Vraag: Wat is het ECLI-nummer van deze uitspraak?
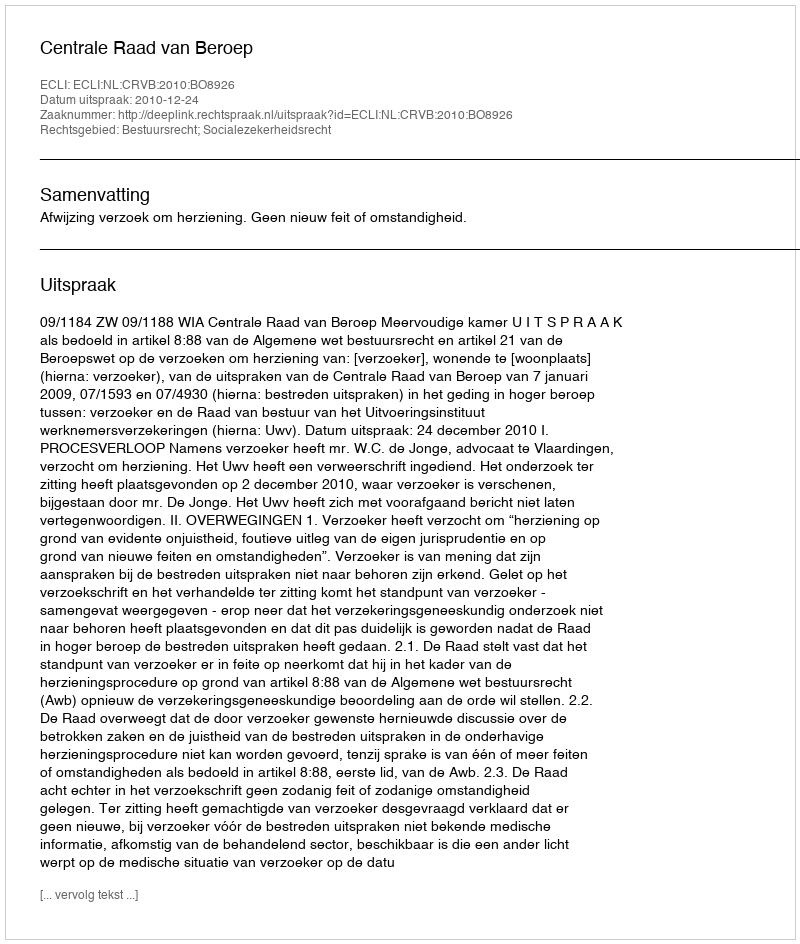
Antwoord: ECLI:NL:CRVB:2010:BO8926